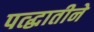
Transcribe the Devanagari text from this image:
पत्द्धातीने